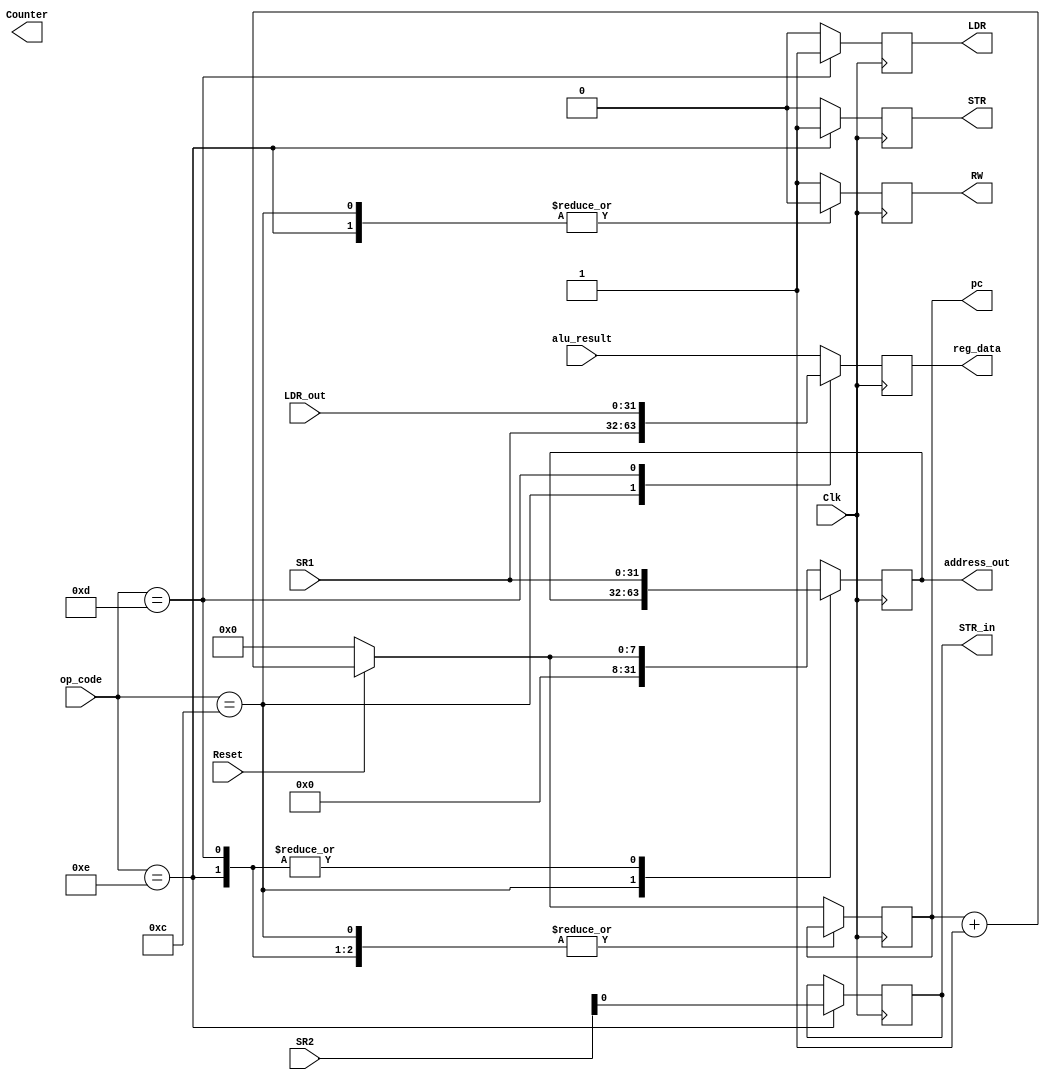
module memory_control(SR1, SR2, op_code, RW, address_out, reg_data, LDR, STR ,LDR_out,STR_in,Counter, Reset,Clk,pc,alu_result);
input [31:0] SR1, SR2;
input [3:0] op_code;
input Reset, Clk;
input [31:0] LDR_out,alu_result;
output reg RW, LDR, STR, STR_in;
output reg[31:0] address_out;
output reg [31:0] reg_data;
output reg Counter;

wire mux_out, address_input;
wire add_bus;
output reg [7:0] pc;

always @(posedge Clk) 
 case(op_code)
	4'b1100: //ADR
	begin	
		LDR=0;
		STR=0;
		RW=0;
		reg_data=SR1;
	end	
	4'b1110: //STR
	begin
		LDR=0;
		STR=1;
		RW=0;
		address_out=SR1;
		STR_in=SR2;
		reg_data=alu_result;
	end
	4'b1101: //LDR
	begin
		LDR=1;
		STR=0;
		RW=1;
		address_out= SR1; 
		reg_data=LDR_out;			
	end 
	default: //Instructions other than LDR, STR or ADR, PC instructions 
	begin 
	
		if (! Reset)
			begin 
			LDR=0; STR=0;RW=1;
			pc=8'b00000000;
			address_out=pc;
			reg_data=alu_result;
			end
		else
			begin
			LDR=0; STR=0;RW=1;
			pc = pc+1;
			address_out=pc;
			reg_data=alu_result;
			end
		end
  endcase
endmodule